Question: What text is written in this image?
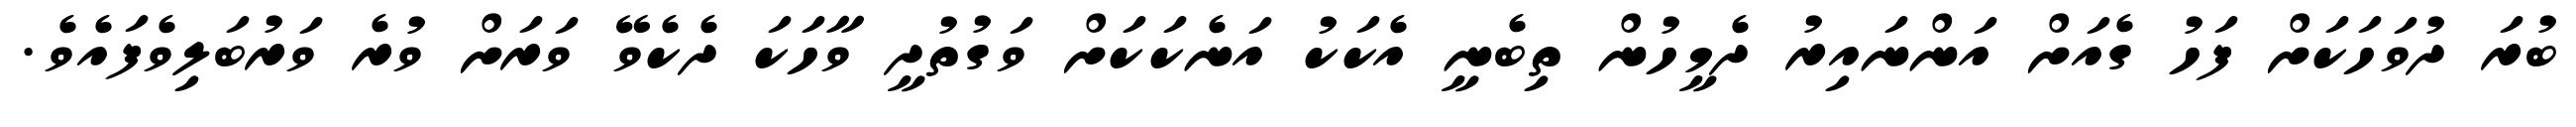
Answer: ބުރަ ދުވަހަކަށް ފަހު ގެއަށް އަންނައިރު ދެމީހުން ތިބެނީ އެކަކު އަނެކަކަށް ވަގުތުދީ ވާހަކަ ދެކެވޭ ވަރަށް ވުރެ ވަރުބަލިވެފައެވެ.